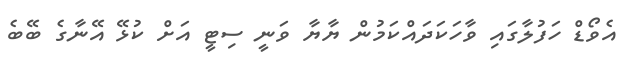
އެވޯޑް ހަފުލާގައި ވާހަކަދައްކަމުން ޔާޔާ ވަނީ ސިޓީ އަށް ކުޅޭ އޭނާގެ ބޭބެ